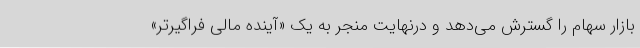
بازار سهام را گسترش می‌دهد و درنهایت منجر به یک «آینده مالی فراگیر‌تر»